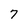
Character: 7